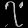
Digit: ၇